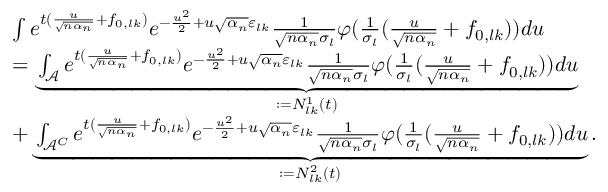
\begin{array} { r l } & { \int e ^ { t ( \frac { u } { \sqrt { n \alpha _ { n } } } + f _ { 0 , l k } ) } e ^ { - \frac { u ^ { 2 } } { 2 } + u \sqrt { \alpha _ { n } } \varepsilon _ { l k } } \frac { 1 } { \sqrt { n \alpha _ { n } } \sigma _ { l } } \varphi ( \frac { 1 } { \sigma _ { l } } ( \frac { u } { \sqrt { n \alpha _ { n } } } + f _ { 0 , l k } ) ) d u } \\ & { = \underbrace { \int _ { \mathcal { A } } e ^ { t ( \frac { u } { \sqrt { n \alpha _ { n } } } + f _ { 0 , l k } ) } e ^ { - \frac { u ^ { 2 } } { 2 } + u \sqrt { \alpha _ { n } } \varepsilon _ { l k } } \frac { 1 } { \sqrt { n \alpha _ { n } } \sigma _ { l } } \varphi ( \frac { 1 } { \sigma _ { l } } ( \frac { u } { \sqrt { n \alpha _ { n } } } + f _ { 0 , l k } ) ) d u } _ { : = N _ { l k } ^ { 1 } ( t ) } } \\ & { + \underbrace { \int _ { \mathcal { A } ^ { C } } e ^ { t ( \frac { u } { \sqrt { n \alpha _ { n } } } + f _ { 0 , l k } ) } e ^ { - \frac { u ^ { 2 } } { 2 } + u \sqrt { \alpha _ { n } } \varepsilon _ { l k } } \frac { 1 } { \sqrt { n \alpha _ { n } } \sigma _ { l } } \varphi ( \frac { 1 } { \sigma _ { l } } ( \frac { u } { \sqrt { n \alpha _ { n } } } + f _ { 0 , l k } ) ) d u } _ { : = N _ { l k } ^ { 2 } ( t ) } . } \end{array}